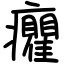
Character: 癯